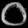
Digit: ၀